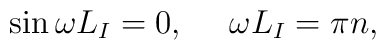
\sin\omega L_I=0,~~~~\omega L_I=\pi n,